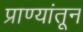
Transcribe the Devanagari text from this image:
प्राण्यांतून